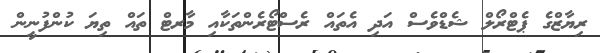
ރިޔާޒްގެ ޕެޓްރޯލް ޝެޑްވެސް އަދި އެތައް ރެސްޓޯރެންތަކާއި މާރޓް ތައް ތިޔަ ކުންފުނީން